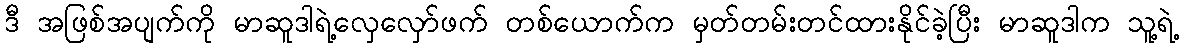
ဒီ အဖြစ်အပျက်ကို မာဆူဒါရဲ့လှေလှော်ဖက် တစ်ယောက်က မှတ်တမ်းတင်ထားနိုင်ခဲ့ပြီး မာဆူဒါက သူ့ရဲ့